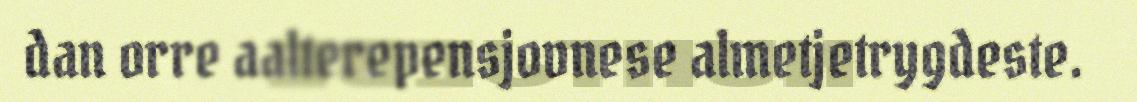
dan orre aalterepensjovnese almetjetrygdeste.